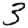
Digit: 3